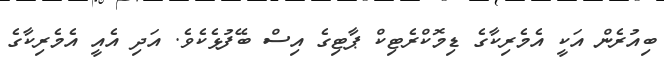
ބިއުރެން އަކީ އެމެރިކާގެ ޑިމޮކްރެޓިކް ޕާޓިގެ އިސް ބޭފުޅެކެވެ. އަދި އެއީ އެމެރިކާގެ